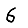
Digit: 6